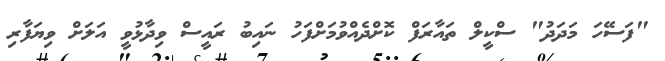
"ފަސޭހަ މަދަދު" ސްކީލް ތައާރަފް ކޮށްދެއްވުމަށްފަހު ނައިބު ރައީސް ވިދާޅުވީ އަލަށް ވިޔަފާރި